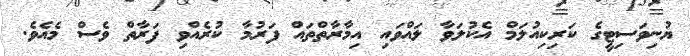
ޔުނިވަސިޓީގެ ކަރިިކިއުލަމް އެކުލަވާ ލައްވައި އިމާރާތްތައް ފަރުމާ ކުރެއްވި ފަރާތް ވެސް މެއެވެ.